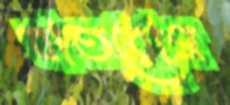
বাতরোগ